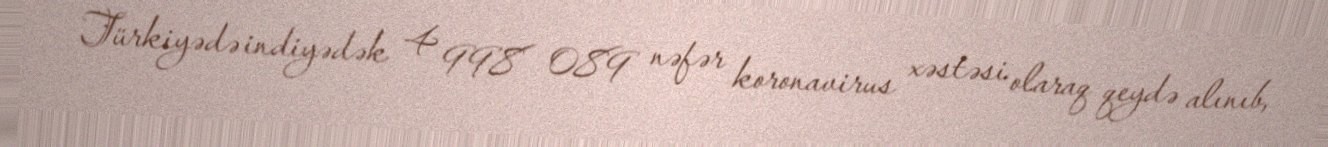
Türkiyədə indiyədək 4 998 089 nəfər koronavirus xəstəsi olaraq qeydə alınıb,